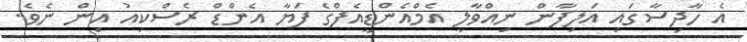
އެ ހާދިސާގައި އަލިފާން ނިއްވާލީ އެމްއެންޑީއެފްގެ ފަޔާ އެންޑް ރެސްކިއު އިން ނެވެ.